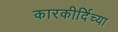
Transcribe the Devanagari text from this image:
कारकीर्दिच्या